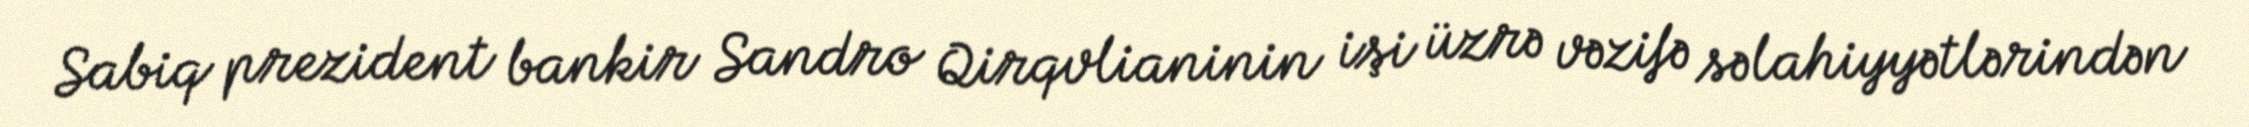
Sabiq prezident bankir Sandro Qirqvlianinin işi üzrə vəzifə səlahiyyətlərindən